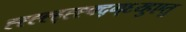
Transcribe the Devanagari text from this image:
ह्ह्ह्ह्ह्ह्ह्फ्द्ग्६य्हुएतु